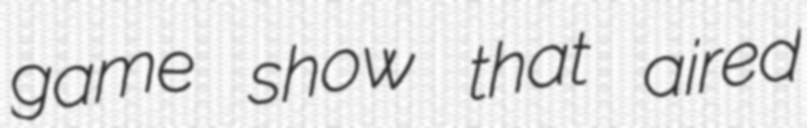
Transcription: game show that aired